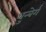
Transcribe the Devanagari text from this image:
थुन्बेर्ग